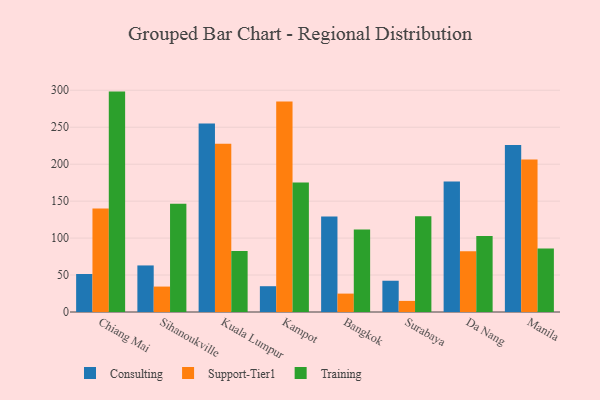
{"axis": {"x": "City", "y": "Backlog"}, "legend": ["Consulting", "Support-Tier1", "Training"], "data": [{"x": "Chiang Mai", "y": 51.4, "type": "Consulting"}, {"x": "Chiang Mai", "y": 140.0, "type": "Support-Tier1"}, {"x": "Chiang Mai", "y": 298.2, "type": "Training"}, {"x": "Sihanoukville", "y": 63.0, "type": "Consulting"}, {"x": "Sihanoukville", "y": 34.4, "type": "Support-Tier1"}, {"x": "Sihanoukville", "y": 146.5, "type": "Training"}, {"x": "Kuala Lumpur", "y": 255.1, "type": "Consulting"}, {"x": "Kuala Lumpur", "y": 227.7, "type": "Support-Tier1"}, {"x": "Kuala Lumpur", "y": 82.6, "type": "Training"}, {"x": "Kampot", "y": 34.9, "type": "Consulting"}, {"x": "Kampot", "y": 284.8, "type": "Support-Tier1"}, {"x": "Kampot", "y": 175.1, "type": "Training"}, {"x": "Bangkok", "y": 129.3, "type": "Consulting"}, {"x": "Bangkok", "y": 24.9, "type": "Support-Tier1"}, {"x": "Bangkok", "y": 111.5, "type": "Training"}, {"x": "Surabaya", "y": 42.3, "type": "Consulting"}, {"x": "Surabaya", "y": 15.0, "type": "Support-Tier1"}, {"x": "Surabaya", "y": 129.6, "type": "Training"}, {"x": "Da Nang", "y": 176.4, "type": "Consulting"}, {"x": "Da Nang", "y": 82.2, "type": "Support-Tier1"}, {"x": "Da Nang", "y": 102.9, "type": "Training"}, {"x": "Manila", "y": 225.9, "type": "Consulting"}, {"x": "Manila", "y": 206.5, "type": "Support-Tier1"}, {"x": "Manila", "y": 86.0, "type": "Training"}]}